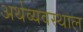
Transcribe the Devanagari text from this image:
अर्थव्यवस्थाल